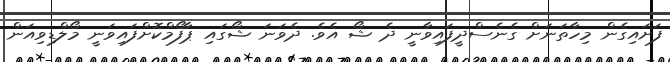
ފަށައިގެން މިހާތަނަށް ގެނެސްދީފައިވާނީ ދެ ޝޯ އެވެ. ދެވަނަ ޝޯގައި ޕާފޯމްކޮށްފައިވަނީ މޯލްޑިވިއަން